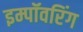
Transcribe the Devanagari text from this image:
इम्पॉवरिंग